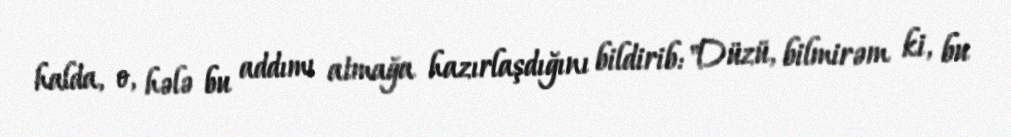
halda, o, hələ bu addımı atmağa hazırlaşdığını bildirib: "Düzü, bilmirəm ki, bu